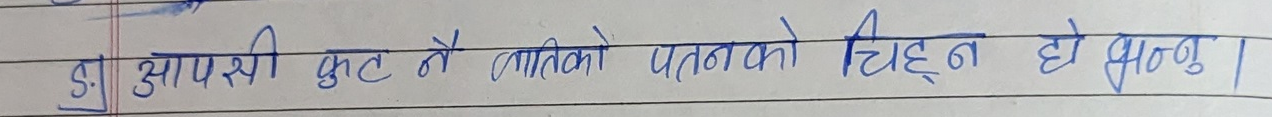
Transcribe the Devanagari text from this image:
आफ्नै फुटले जातिको पतनको चिह्न हो भन्नु।